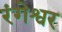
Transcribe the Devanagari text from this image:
रंगेश्वर